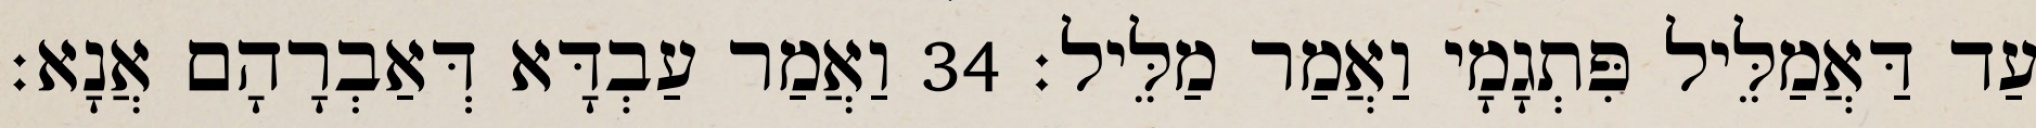
עַד דַּאֲמַלֵּיל פִּתְגָמָי וַאֲמַר מַלֵּיל׃ 34 וַאֲמַר עַבְדָּא דְּאַבְרָהָם אֲנָא׃